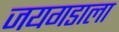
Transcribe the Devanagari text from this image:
जयगडाला